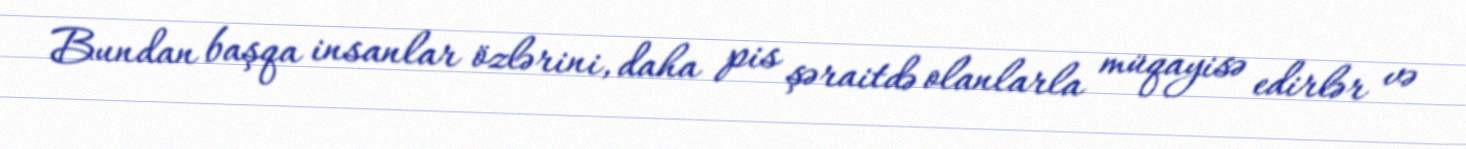
Bundan başqa insanlar özlərini, daha pis şəraitdə olanlarla müqayisə edirlər və